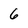
Character: 6